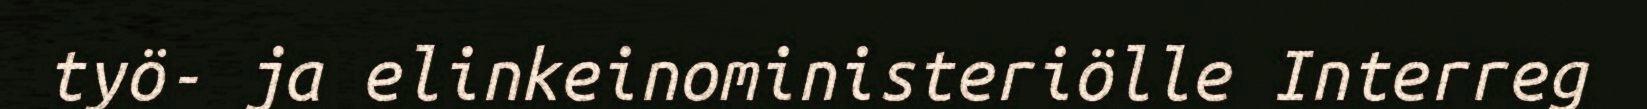
työ- ja elinkeinoministeriölle Interreg